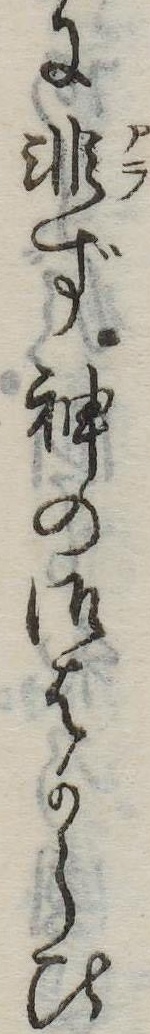
に非ず神の御はからひ